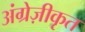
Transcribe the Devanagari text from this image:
अंग्रेज़ीकृत